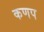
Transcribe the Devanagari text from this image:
कणप